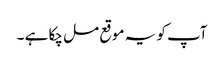
آپ کو یہ موقع مل چکا ہے ۔